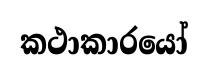
කථාකාරයෝ